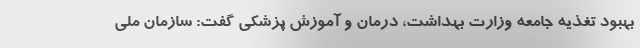
بهبود تغذیه جامعه وزارت بهداشت، درمان و آموزش پزشکی گفت: سازمان ملی